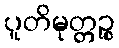
ပူတိမုတ္တဉ္စ